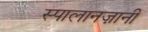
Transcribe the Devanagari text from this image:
स्पालानज़ानी